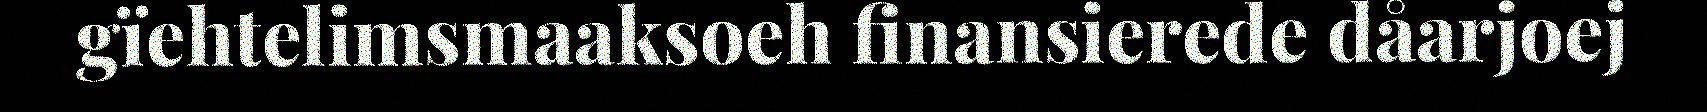
gïehtelimsmaaksoeh finansierede dåarjoej